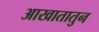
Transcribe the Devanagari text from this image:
आखातातुन